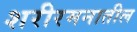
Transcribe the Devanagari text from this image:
शरीरमनातील